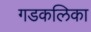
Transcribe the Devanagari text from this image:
गडकलिका